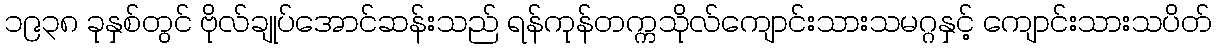
၁၉၃၈ ခုနှစ်တွင် ဗိုလ်ချုပ်အောင်ဆန်းသည် ရန်ကုန်တက္ကသိုလ်ကျောင်းသားသမဂ္ဂနှင့် ကျောင်းသားသပိတ်